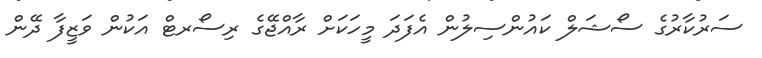
ސަރުކާރުގެ ސޯޝަލް ކައުންސިލުން އެފަދަ މީހަކަށް ރާއްޖޭގެ ރިސޯރޓް އަކުން ވަޒީފާ ދޭން